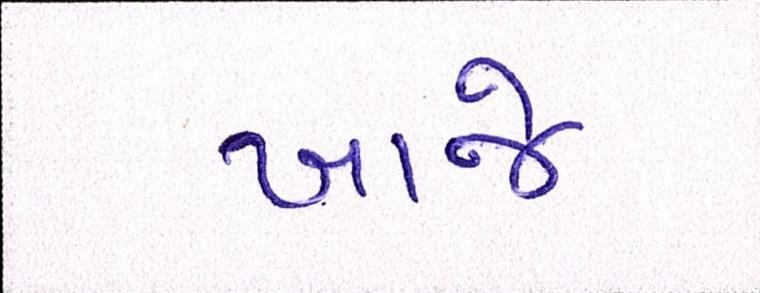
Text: ખાજે